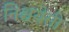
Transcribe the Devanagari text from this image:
निश्चयेंसी